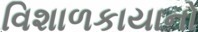
વિશાળકાયાનો